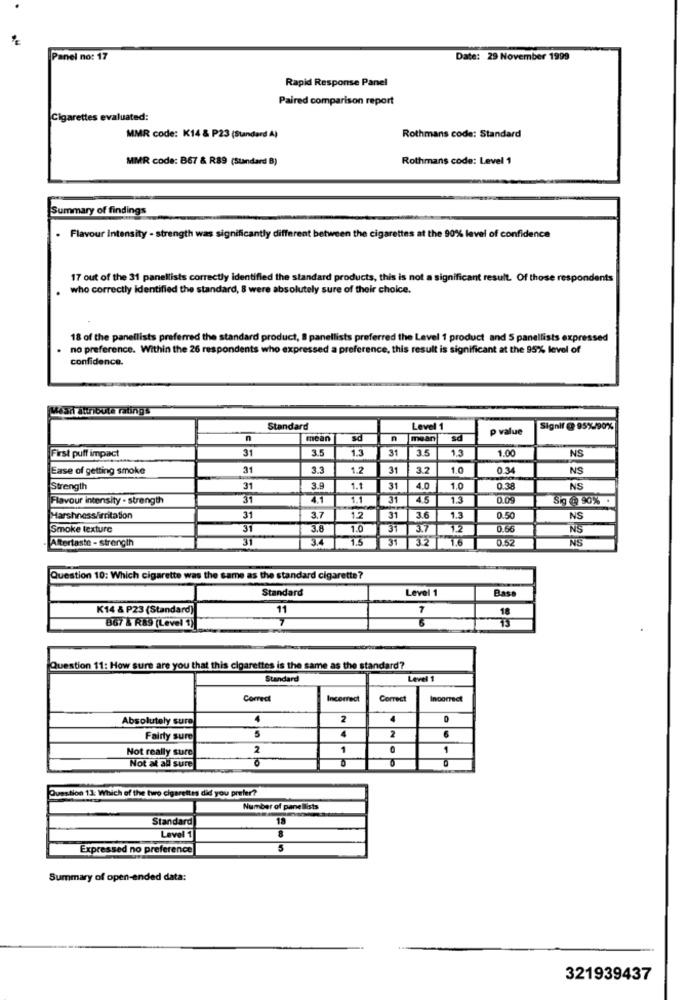
Panel no: 17
Date: 29 November 1999
Rapid Response Panel
Paired comparison report
Cigarettes evaluated:
MMR code: K14 & P23 (Standard A)
Rothmans code: Standard
MMR code: 867 & R89 (Standard B)
Rothmans code: Level 1
Summary of findings
Flavour Intensity - strength was significantly different between the cigarettes at the 90% level of confidence
17 out of the 31 panellists correctly identified the standard products, this is not a significant result. Of those respo
ants
who correctly Identified the standard, 8 were absolutely sure of their choice.
18 of the panellists preferred the standard product, S panellists preferred the Level 1 product and 5 panellists expressed
no preference. Within the 26 respondents who expressed a preference, this result is significant at the 95% level of
confidence.
Wear attribute ratings
Standard
Level 1
P value
Signif @ 95%/90%
n
mean
sd
n
mean
sd
3.5
1.3
31
3.5
1.3
1.00
NS
First puff impact
31
Ease of getting smoke
31
3.
1.2
31
3.2
1.0
0.34
NS
Strength
31
3.9
1.1
31
4.0
1.0
0.38
NS
Flavour intensity - strength
31
4.1
1.1
31
4.5
1.3
0.09
Sig @ 90%
Harshness/irritation
31
3.7
1.2
31
36
1.3
0.50
NS
Smoke texture
31
3.8
1.0
31
J7
0.66
NS
31
3.4
1.5
31
32
1 16
0.52
Aftertaste - strength
NS
Question 10: Which cigarette was the same as the standard cigarette?
Standard
Level 1
Base
K14 & P23 (Standard)
11
7
18
6
73
867 & R89 (Level 1)
Question 11: How sure are you that this cigarettes is the same as the standard?
Standard
Level 1
Correct
Incorrect
Correct
Incorrect
Absolutely sure
4
2
4
5
4
2
Fairly sure
6
Not really sure
1
1
Not at all sure
NO
Question 13: Which of the two cigarettes did you prefer?
Number of panellists
Standard
18
Level 1
Expressed no preference
Summary of open-ended data:
321939437